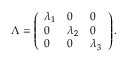
\Lambda = \left( \begin{array} { l l l } { \lambda _ { 1 } } & { 0 } & { 0 } \\ { 0 } & { \lambda _ { 2 } } & { 0 } \\ { 0 } & { 0 } & { \lambda _ { 3 } } \end{array} \right) .